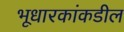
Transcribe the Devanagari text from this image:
भूधारकांकडील